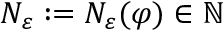
N _ { \varepsilon } : = N _ { \varepsilon } ( \varphi ) \in \mathbb { N }